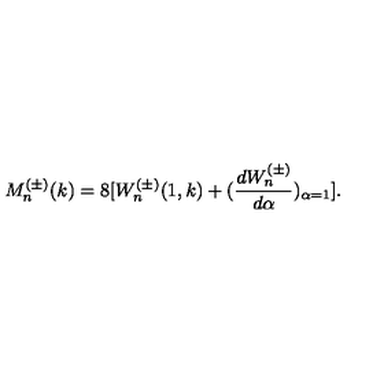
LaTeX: M _ { n } ^ { ( \pm ) } ( k ) = 8 [ W _ { n } ^ { ( \pm ) } ( 1 , k ) + ( \frac { d W _ { n } ^ { ( \pm ) } } { d \alpha } ) _ { \alpha = 1 } ] .